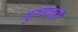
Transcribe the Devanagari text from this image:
पुरुषानेही